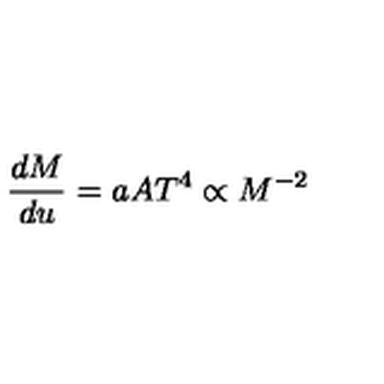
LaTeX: \frac { d M } { d u } = a A T ^ { 4 } \propto M ^ { - 2 }